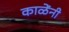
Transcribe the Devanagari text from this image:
काळेंनी